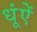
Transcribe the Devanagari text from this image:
धूंऐं